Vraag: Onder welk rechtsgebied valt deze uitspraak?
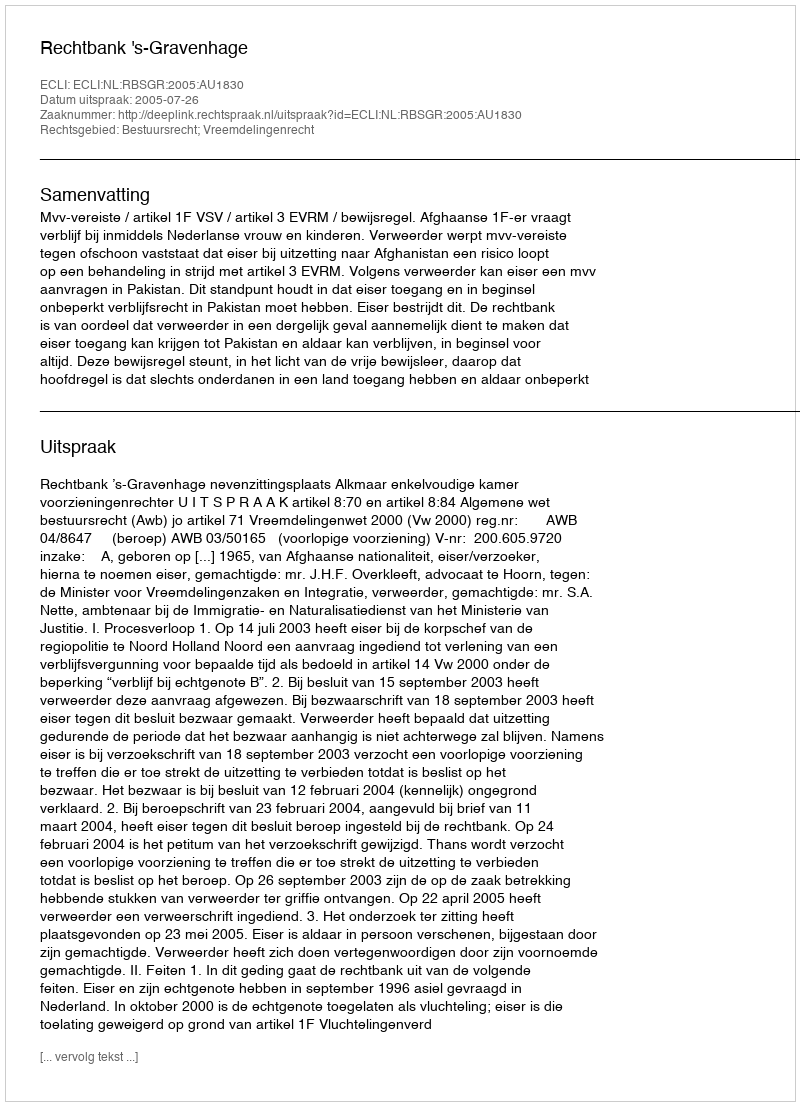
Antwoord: Bestuursrecht; Vreemdelingenrecht